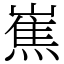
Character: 嶣